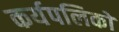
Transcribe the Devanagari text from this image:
कर्यपलिकों